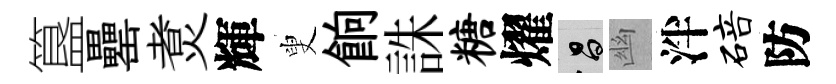
簋罍煑輝叟餉誅糖燿昌幽泮碚防